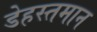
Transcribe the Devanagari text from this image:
डेहस्तमान